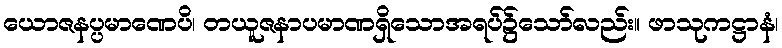
ယောဇနပ္ပမာဏေပိ၊ တယူဇနာပမာဏရှိသောအရပ်၌သော်လည်း။ ဖာသုကဋ္ဌာနံ၊